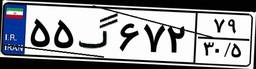
۵۰گ۹۵۹۵۱